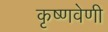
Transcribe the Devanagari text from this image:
कृष्णवेणी